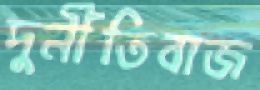
দুর্নীতিবাজ